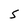
Character: S